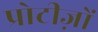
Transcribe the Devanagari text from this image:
प्रोटीज़ों